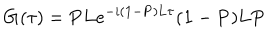
{ \bf G } ( \tau ) = { \bf P L } e ^ { - i ( { \bf 1 } - { \bf P } ) { \bf L } \tau } ( { \bf 1 } - { \bf P } ) { \bf L P }